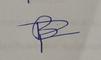
Signature authenticity: forged